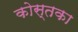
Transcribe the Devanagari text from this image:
कोस्तका